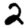
Digit: 2